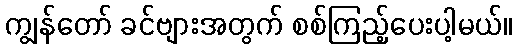
ကျွန်တော် ခင်ဗျားအတွက် စစ်ကြည့်ပေးပါ့မယ်။